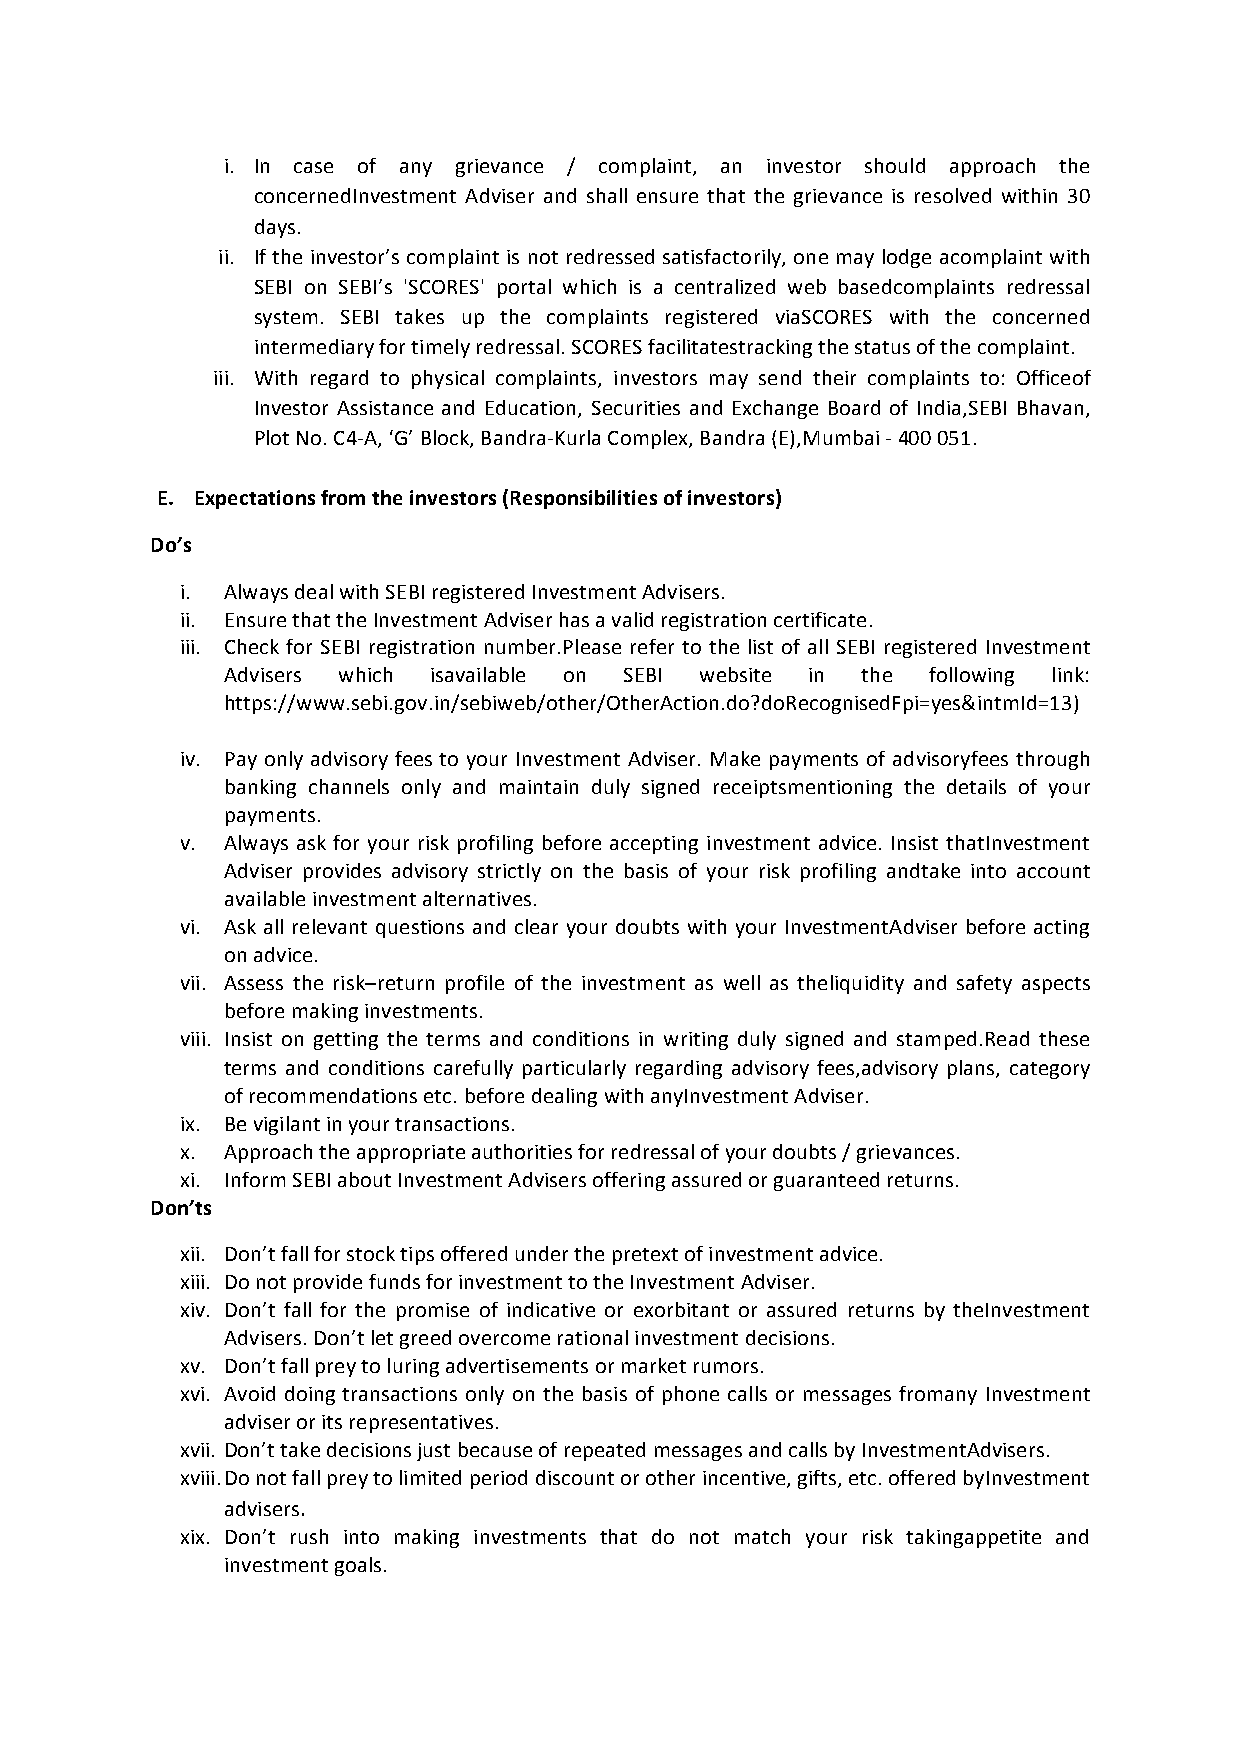
i. In case of any grievance / complaint, an investor should approach the
 concernedInvestment Adviser and shall ensure that the grievance is resolved within 30
 days.
 ii. If the investor’s complaint is not redressed satisfactorily, one may lodge acomplaint with
 SEBI on SEBI’s 'SCORES' portal which is a centralized web basedcomplaints redressal
 system. SEBI takes up the complaints registered viaSCORES with the concerned
 intermediary for timely redressal. SCORES facilitatestracking the status of the complaint.
 iii. With regard to physical complaints, investors may send their complaints to: Officeof
 Investor Assistance and Education, Securities and Exchange Board of India,SEBI Bhavan,
 Plot No. C4-A, ‘G’ Block, Bandra-Kurla Complex, Bandra (E),Mumbai - 400 051.
 E. Expectations from the investors (Responsibilities of investors)
 Do’s
 i. Always deal with SEBI registered Investment Advisers.
 ii. Ensure that the Investment Adviser has a valid registration certificate.
 iii. Check for SEBI registration number.Please refer to the list of all SEBI registered Investment
 Advisers which isavailable on SEBI website in the following link:
 https://www.sebi.gov.in/sebiweb/other/OtherAction.do?doRecognisedFpi=yes&intmId=13)
 iv. Pay only advisory fees to your Investment Adviser. Make payments of advisoryfees through
 banking channels only and maintain duly signed receiptsmentioning the details of your
 payments.
 v. Always ask for your risk profiling before accepting investment advice. Insist thatInvestment
 Adviser provides advisory strictly on the basis of your risk profiling andtake into account
 available investment alternatives.
 vi. Ask all relevant questions and clear your doubts with your InvestmentAdviser before acting
 on advice.
 vii. Assess the risk–return profile of the investment as well as theliquidity and safety aspects
 before making investments.
 viii. Insist on getting the terms and conditions in writing duly signed and stamped.Read these
 terms and conditions carefully particularly regarding advisory fees,advisory plans, category
 of recommendations etc. before dealing with anyInvestment Adviser.
 ix. Be vigilant in your transactions.
 x. Approach the appropriate authorities for redressal of your doubts / grievances.
 xi. Inform SEBI about Investment Advisers offering assured or guaranteed returns.
 Don’ts
 xii. Don’t fall for stock tips offered under the pretext of investment advice.
 xiii. Do not provide funds for investment to the Investment Adviser.
 xiv. Don’t fall for the promise of indicative or exorbitant or assured returns by theInvestment
 Advisers. Don’t let greed overcome rational investment decisions.
 xv. Don’t fall prey to luring advertisements or market rumors.
 xvi. Avoid doing transactions only on the basis of phone calls or messages fromany Investment
 adviser or its representatives.
 xvii. Don’t take decisions just because of repeated messages and calls by InvestmentAdvisers.
 xviii. Do not fall prey to limited period discount or other incentive, gifts, etc. offered byInvestment
 advisers.
 xix. Don’t rush into making investments that do not match your risk takingappetite and
 investment goals.